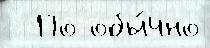
  По обы́чно